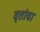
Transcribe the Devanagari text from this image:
वृत्तांचा